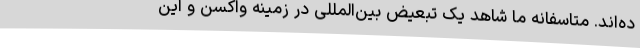
ده‌اند. متاسفانه ما شاهد یک تبعیض بین‌المللی در زمینه واکسن و این